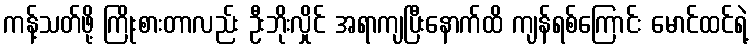
ကန့်သတ်ဖို့ ကြိုးစားတာလည်း ဦးဘိုးလှိုင် အရာကျပြီးနောက်ထိ ကျန်ရစ်ကြောင်း မောင်ထင်ရဲ့